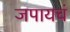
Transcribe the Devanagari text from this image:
जपायचं